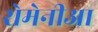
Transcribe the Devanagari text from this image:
रोमेनीआ